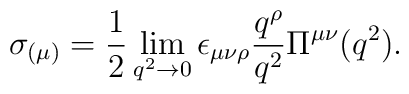
\sigma_{(\mu)}=\frac{1}{2}\lim_{q^2\to 0} \epsilon_{\mu\nu\rho} \frac{q^\rho }{q^2}\Pi^{\mu\nu}(q^2).